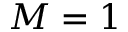
M = 1